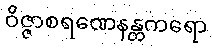
ဝိဇ္ဇာစရဏေနန္တကရော